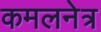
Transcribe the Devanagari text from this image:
कमलनेत्र